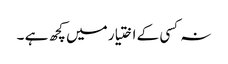
نہ کسی کے اختیار میں کچھ ہے ۔